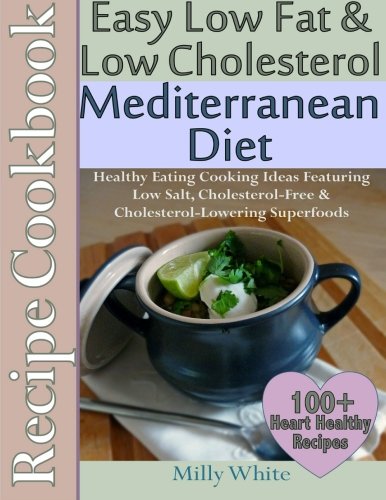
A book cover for Easy Low Fat & Low Cholesterol Mediterranean Diet Recipe Cookbook 100+ Heart Healthy Recipes: Healthy Cooking & Eating Book with Low Salt, Cholesterol Free & Cholesterol Lowering Foods; Milly White; Cookbooks, Food & Wine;